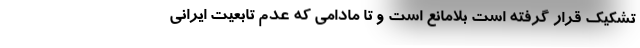
تشکیک قرار گرفته است بلامانع است و تا مادامی که عدم تابعیت ایرانی